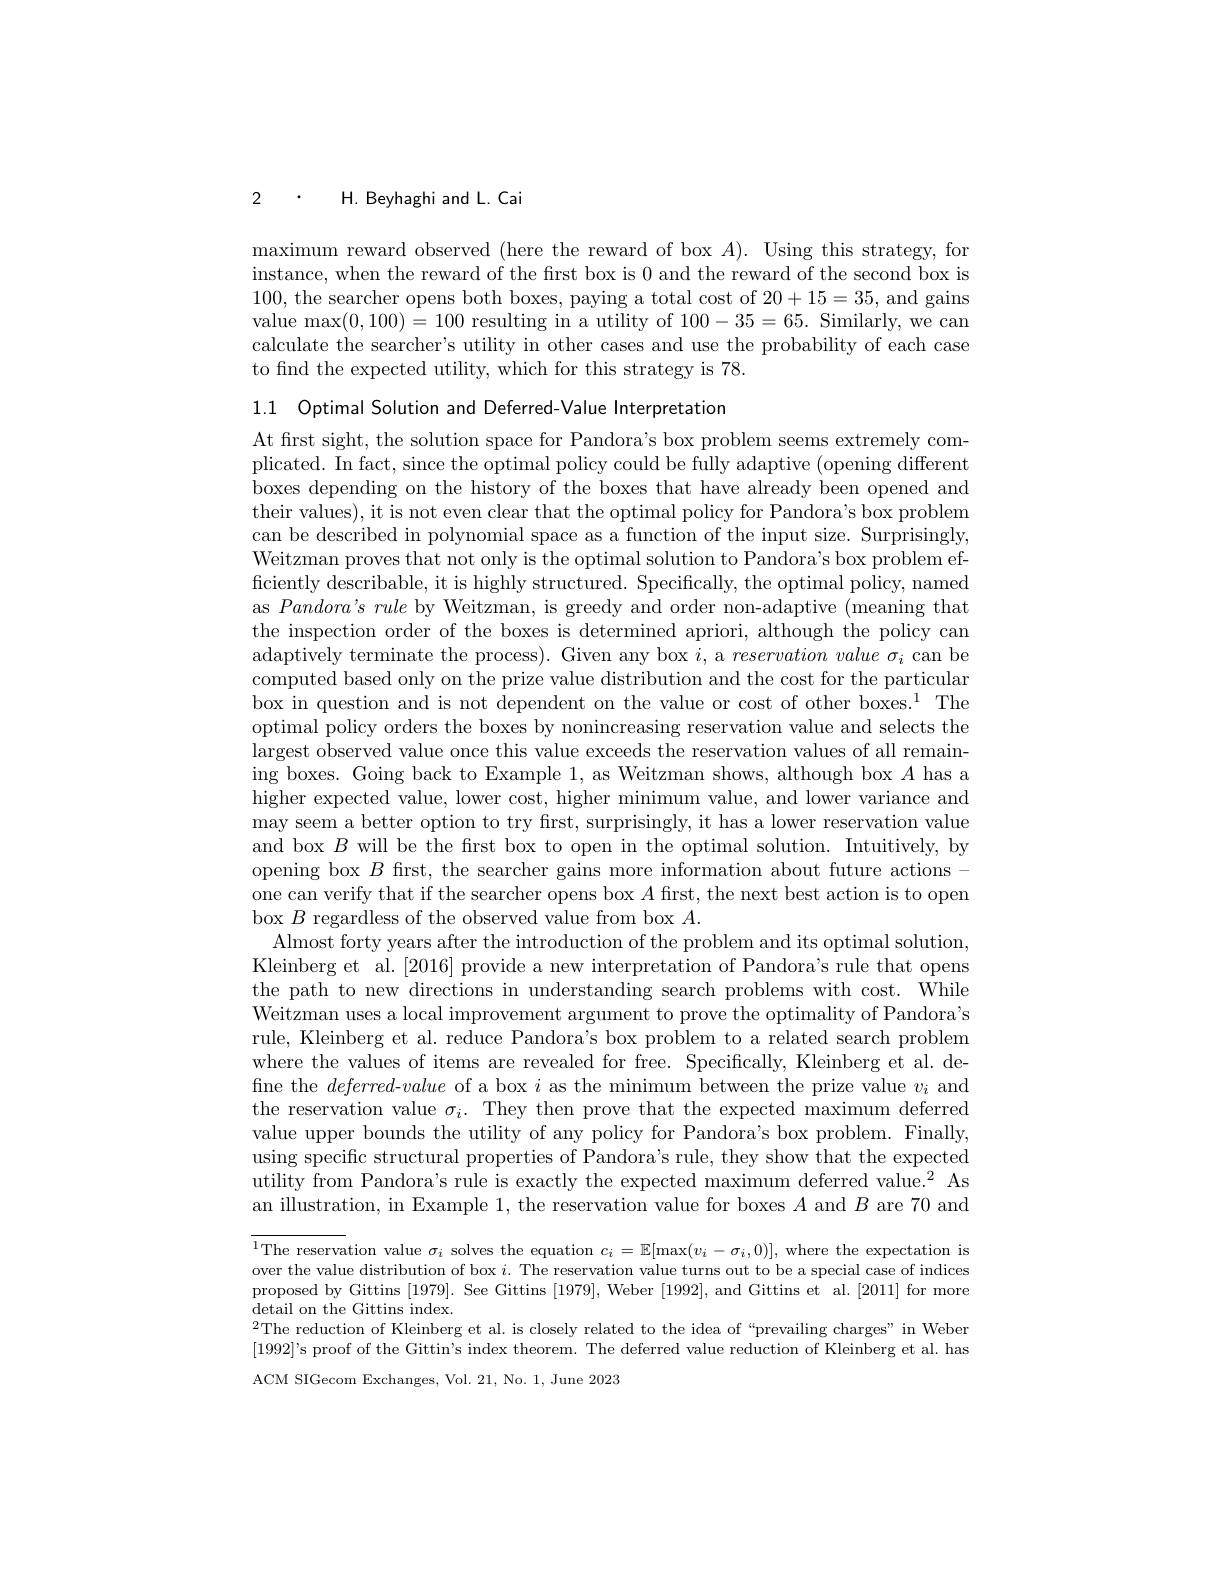
2 $\cdot$ H. Beyhaghi and L. Cai

maximum reward observed (here the reward of box $A).$ Using this strategy, for instance, when the reward of the first box is 0 and the reward of the second box is 100, the searcher opens both boxes, paying a total cost of 20+15=35, and gains value $\max(0,100)=100$ resulting in a utility of 100-35=65. Similarly, we can calculate the searcher's utility in other cases and use the probability of each case to find the expected utility, which for this strategy is 78.

1.1 Optimal Solution and Deferred-Value Interpretation
At first sight, the solution space for Pandora's box problem seems extremely complicated. In fact, since the optimal policy could be fully adaptive (opening different boxes depending on the history of the boxes that have already been opened and their values), it is not even clear that the optimal policy for Pandora's box problem can be described in polynomial space as a function of the input size. Surprisingly, Weitzman proves that not only is the optimal solution to Pandora's box problem efficiently describable, it is highly structured. Specifically, the optimal policy, named as $Pandora’ s\textit{ rule by Weitzman, is greedy and order non- adaptive ( meaning that}$ the inspection order of the boxes is determined apriori, although the policy can adaptively terminate the process). Given any box $i$, a $reservation\textit{value }\sigma _i$ can be computed based only on the prize value distribution and the cost for the particular box in question and is not dependent on the value or cost of other boxes.$^1$The optimal policy orders the boxes by nonincreasing reservation value and selects the largest observed value once this value exceeds the reservation values of all remaining boxes. Going back to Example 1, as Weitzman shows, although box $A$ has a higher expected value, lower cost, higher minimum value, and lower variance and may seem a better option to try frst, surprisingly, it has a lower reservation value and box $B$ will be the frst box to open in the optimal solution. Intuitively, by opening box $B$ first, the searcher gains more information about future actions - one can verify that if the searcher opens box $A$ first, the next best action is to open box $B$ regardless of the observed value from box $A.$
Almost forty years after the introduction of the problem and its optimal solution, Kleinberg et al.[2016] provide a new interpretation of Pandora's rule that opens the path to new directions in understanding search problems with cost. While Weitzman uses a local improvement argument to prove the optimality of Pandora's rule, Kleinberg et al. reduce Pandora's box problem to a related search problem where the values of items are revealed for free. Specifically, Kleinberg et al. define the $deferred-value$ of a box $i$ as the minimum between the prize value $v_i$ and the reservation value $\sigma_i.$ They then prove that the expected maximum deferred value upper bounds the utility of any policy for Pandora's box problem. Finally, using specific structural properties of Pandora's rule, they show that the expected utility from Pandora's rule is exactly the expected maximum deferred value.$^2$ As an illustration, in Example 1, the reservation value for boxes $A$ and $B$ are 70 and

$^{1}$The reservation value $\sigma_i$ solves the equation $c_i=\mathbb{E}[\max(v_i-\sigma_i,0)]$, where the expectation is over the value distribution of box $i.$ The reservation value turns out to be a special case of indices proposed by Gittins [1979]. See Gittins [1979], Weber [1992], and Gittins et al.[2011] for more detail on the Gittins index.
$^{2}$The reduction of Kleinberg et al. is closely related to the idea of“prevailing charges”in Weber $[1992]’$s proof of the Gittin's index theorem. The deferred value reduction of Kleinberg et al. has ACM SIGecom Exchanges, Vol. 21, No. 1, June 2023